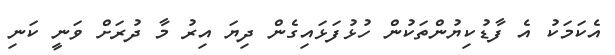
އެކަމަކު އެ ފާޑުކިޔުންތަކުން ހުޅުފަޅައިގެން ދިޔަ އިރު މާ ދުރަށް ވަނީ ކަނި